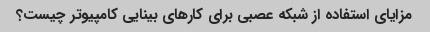
مزایای استفاده از شبکه عصبی برای کارهای بینایی کامپیوتر چیست؟